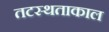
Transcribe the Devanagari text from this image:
तटस्थताकाल